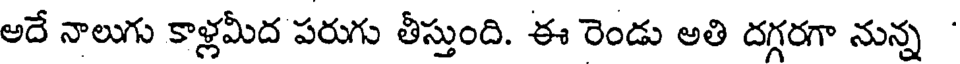
అదే నాలుగు కాళ్లమీద పరుగు తీస్తుంది. ఈ రెండు అతి దగ్గరగా నున్న